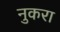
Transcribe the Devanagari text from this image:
नुकरा